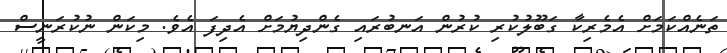
ތަނެއްކަމަށް އެމެރިކާ ގަބޫލުކުރި ކުރުން އަނބުރައި ގެންދިޔުމަށް އެދިފަ އެވެ. މިކަން ނުކުރަނީސް